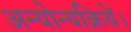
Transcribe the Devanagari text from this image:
अन्योन्यक्रियें।